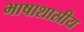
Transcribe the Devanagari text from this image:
भाषाशास्रीय